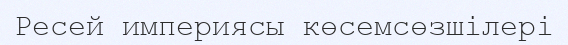
Ресей империясы көсемсөзшілері